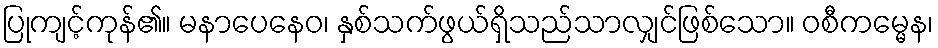
ပြုကျင့်ကုန်၏။ မနာပေနေဝ၊ နှစ်သက်ဖွယ်ရှိသည်သာလျှင်ဖြစ်သော။ ဝစီကမ္မေန၊